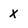
Character: X